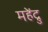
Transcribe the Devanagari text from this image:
महेंद्रु